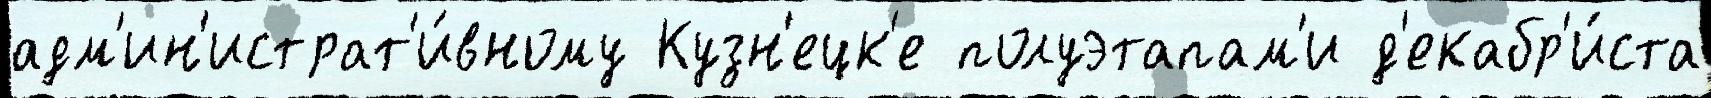
адм'ин'истрат'и́вному Кузн'ецк'е полуэтапам'и д'екабр'и́ста